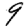
Digit: 9